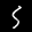
Label: 5